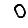
Digit: 0